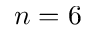
n = 6